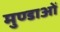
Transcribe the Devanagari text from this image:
मुण्डाओं